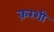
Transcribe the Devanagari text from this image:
क़रशी